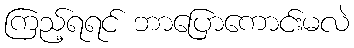
ကြည့်ရရင် ဘာပြောကောင်းမလဲ